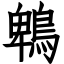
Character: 鵯